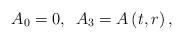
LaTeX: \begin{align*}A_{0}=0,\, \, \, A_{3}=A\left( t,r\right) ,\end{align*}